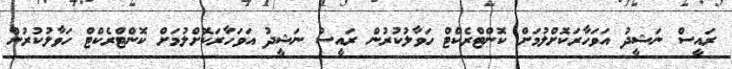
ރައީސް ނަޝީދު އަވަހާރަކޮށްލުމަށް ކޮންޓްރެކްޓް ހަވާލުކުރުން ރައީސް ނަޝީދު އަވަހާރަކޮށްލުމަށް ކޮންޓްރެކްޓް ހަވާލުކުރުން